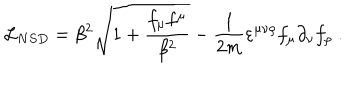
{ \cal L } _ { N S D } = \beta ^ { 2 } { \sqrt { 1 + \frac { f _ { \mu } f ^ { \mu } } { \beta ^ { 2 } } } } - \frac 1 { 2 m } \varepsilon ^ { \mu \nu \rho } f _ { \mu } \partial _ { \nu } f _ { \rho } \; .